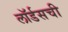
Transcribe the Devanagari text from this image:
लॉर्डसची